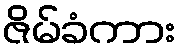
ဇိမ်ခံကား